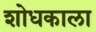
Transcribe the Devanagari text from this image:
शोधकाला